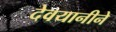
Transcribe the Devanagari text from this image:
देवयानीने